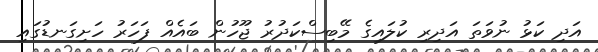
އަދި ކަޅު ނުވަތަ އަދިރި ކުލައިގެ މޭބިސްކަދުރު ޖޫހުން ބައެއް ފަހަރު ހަށިގަނޑުގައި